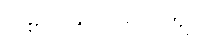
လစာ - ၅၀၀၀၀၀ ကျပ်